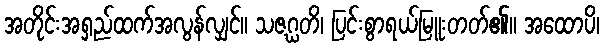
အတိုင်းအရှည်ထက်အလွန်လျှင်။ သဇဂ္ဃတိ၊ ပြင်းစွာရယ်မြူးတတ်၏။ အထောပိ၊